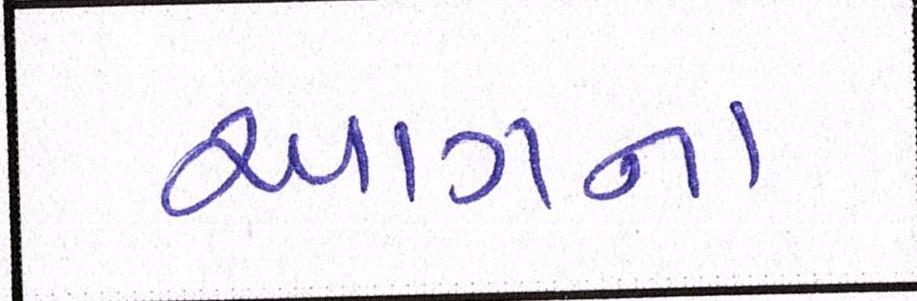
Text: આગના